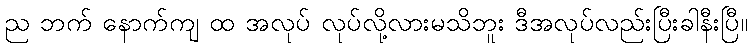
ည ဘက် နောက်ကျ ထ အလုပ် လုပ်လို့လားမသိဘူး ဒီအလုပ်လည်းပြီးခါနီးပြီ။